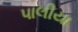
પાલીયા